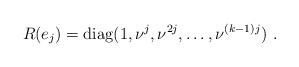
\begin{align*}R(e_j)={\rm diag}(1,\nu^j,\nu^{2j},\ldots,\nu^{(k-1)j})\,\, .\end{align*}